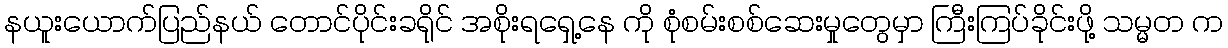
နယူးယောက်ပြည်နယ် တောင်ပိုင်းခရိုင် အစိုးရရှေ့နေ ကို စုံစမ်းစစ်ဆေးမှုတွေမှာ ကြီးကြပ်ခိုင်းဖို့ သမ္မတ က